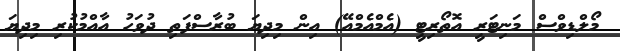
މޯލްޑިވްސް މަނިޓަރީ އޮތޯރިޓީ (އެމްއެމްއޭ) އިން މިދިޔަ ބުރާސްފަތި ދުވަހު އާއްމުކުރި މިދިޔަ